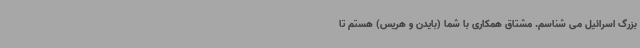
بزرگ اسرائیل می شناسم. مشتاق همکاری با شما (بایدن و هریس) هستم تا